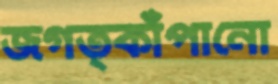
জগত্কাঁপানো